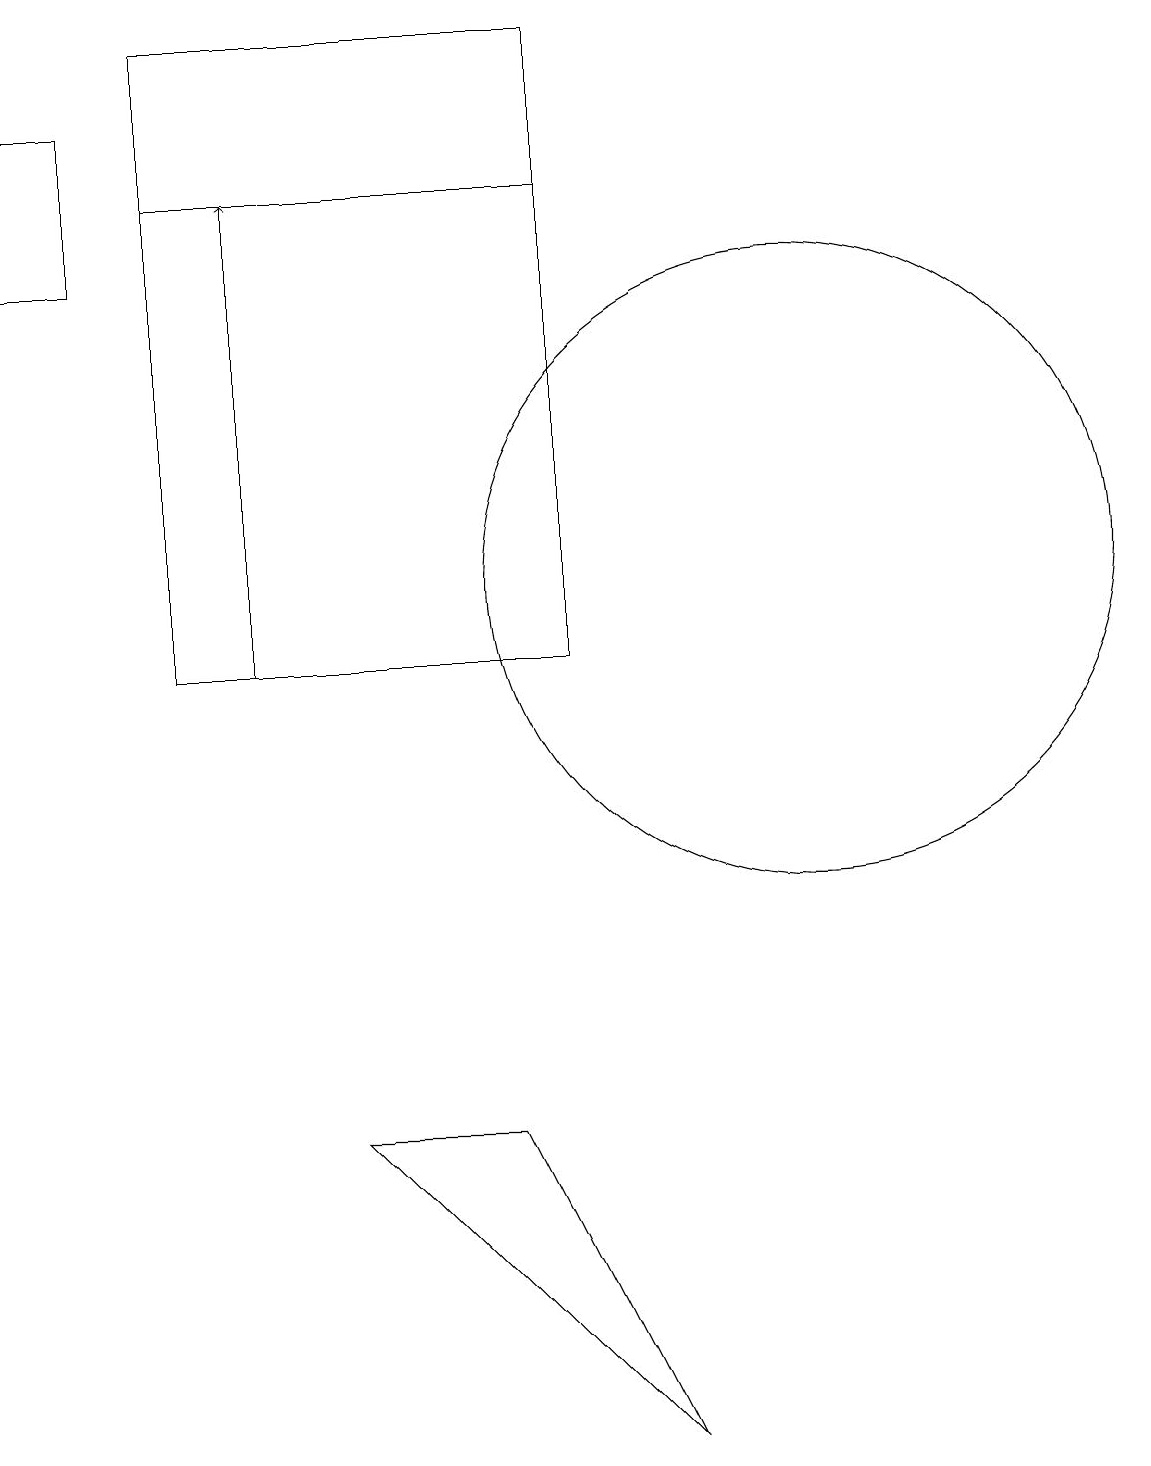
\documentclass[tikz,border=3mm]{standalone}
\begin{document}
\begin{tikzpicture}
\draw (11,12) circle (4);
\draw (8,11) rectangle (3,19);
\draw (8,17) rectangle (3,19);
\draw[->] (4,11) -- (4,17);
\draw (5,5) -- (9,1) -- (7,5) -- cycle;
\draw (2,18) rectangle (1,16);
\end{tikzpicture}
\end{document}